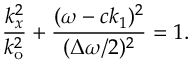
\frac { k _ { x } ^ { 2 } } { k _ { \mathrm { o } } ^ { 2 } } + \frac { ( \omega - c k _ { 1 } ) ^ { 2 } } { ( \Delta \omega / 2 ) ^ { 2 } } = 1 .